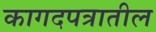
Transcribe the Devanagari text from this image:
कागदपत्रातील